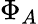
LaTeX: \Phi_{A}